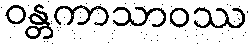
ဝန္တကာသာဝဿ